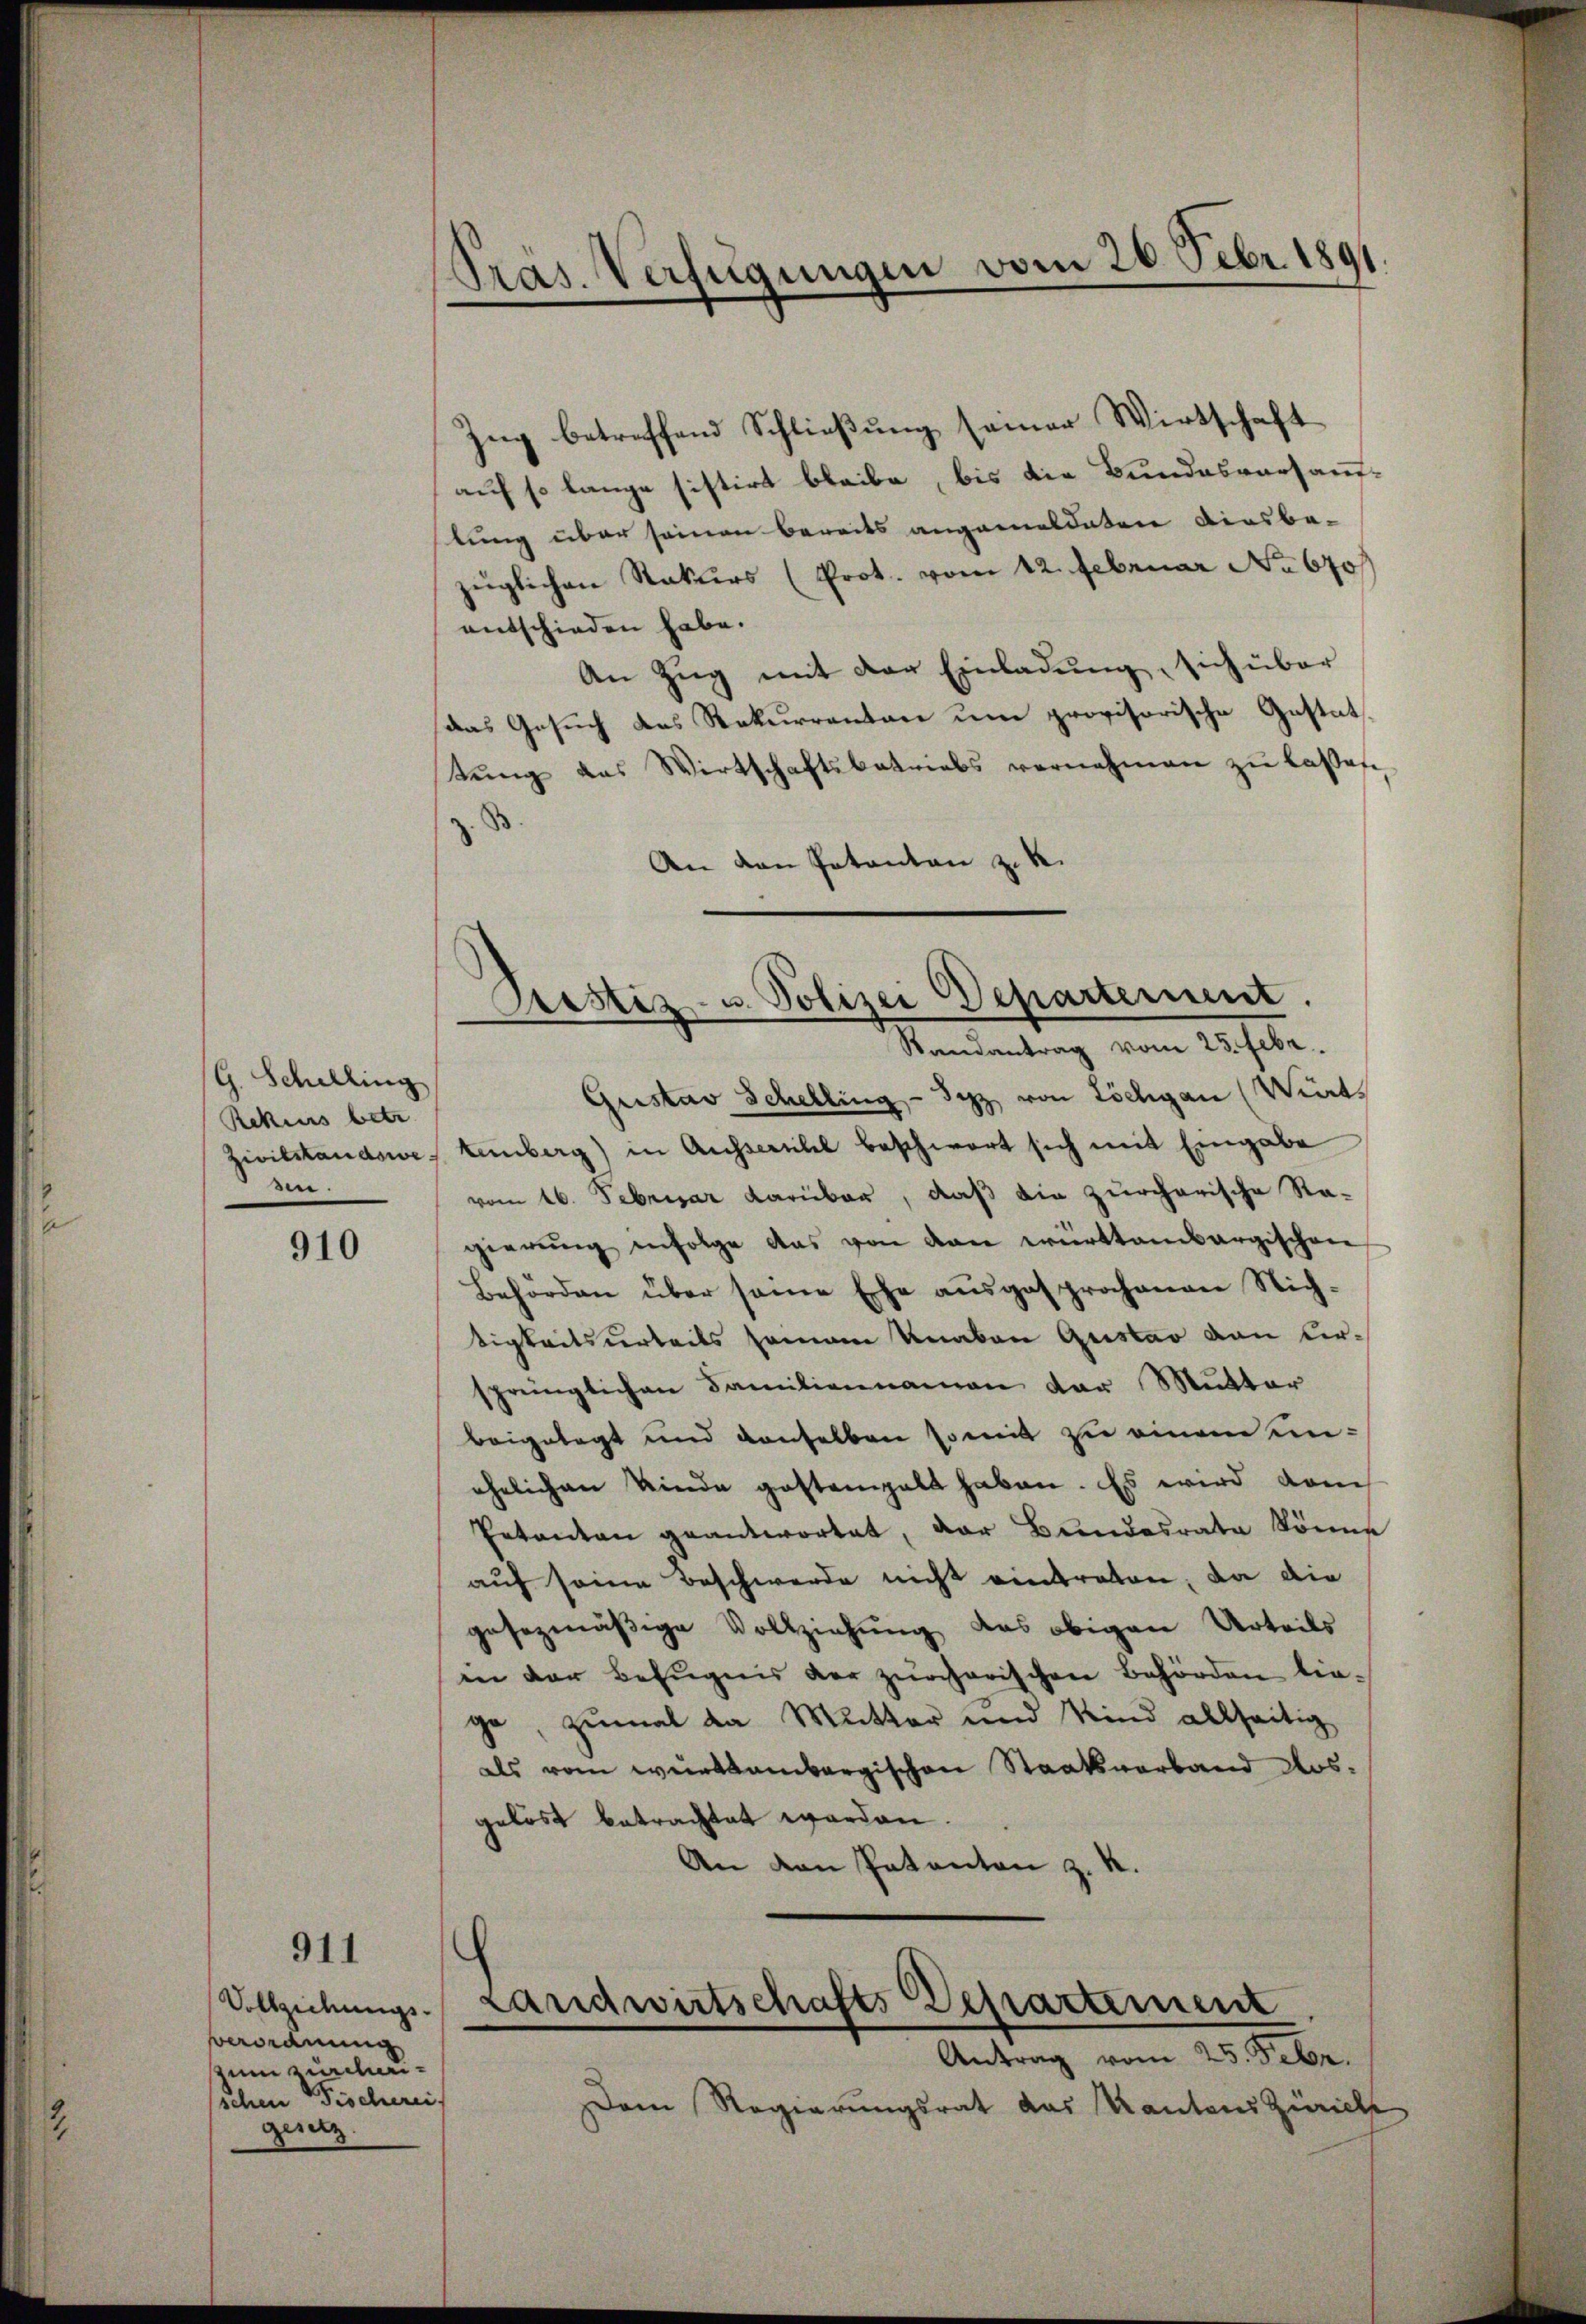
G. Schilling
Rekurs betr.
en.

910

911

Vollziehungs-
verordnung
zum zurchauschen Fischerei.
gesetz

Pras. Verfügungen vom 20. Febr 1891.

Zug betreffend Schließung seiner Wirtschaft
auf so lange sistirt bleibe, bis die Bundesversamtung über seinen bereits angemeldeten diesbe-
züglichen Rekurs (Prot. vom 12. Februar No 670
entschieden habe.
An Zŭg mit der Einladŭng, sich über
das Gesuch des Rekurrenten um provisorische Gestattŭng das Wirtschaftsbetriebs vernehmen zŭ lassen
z
An den Patenten z. R.
Gustav Schelling - Syz von Löchgan Wirts
Zivilstandswes Lemberg) in Ausserehel beschwert sich mit Eingabe
vom 16. Februar darüber, daß die zürcherische Ragierŭng infolge das von den württembergischen
Behörden über seine Ehe ausgesprochenen Nichtigkeitsurteils seinem Knaben Gustav von Kirsprünglichen Familiennamen der Mutter
beigelegt und denselben somit zu einem unehelichen Kinde gestampelt haben. Es wird vom
Entanten geantwortet, der Bundesrate könne
auf seine Beschwerde nicht eintreten, da die
gesezmäßige Vollziehung das obigen Urteils
in der Befugnis der zürcherischen Behörden lie-
ge, zumal da Mutter und Kind allseitig
als vom weinsambergischen Staatsverband Ausgelöst betrachtet worden
An den Pakanton z. K.

Astiz- u. Polizei Departement.
Randantrag vom 25. Febr.

Landwirtschafts Departement
Antrag vom 25. Febr.

Dem Regierungsrat das Kantons Zürich